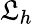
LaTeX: \mathfrak{L}_{h}